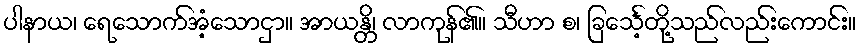
ပါနာယ၊ ရေသောက်အံ့သောငှာ။ အာယန္တိ၊ လာကုန်၏။ သီဟာ စ၊ ခြင်္သေ့တို့သည်လည်းကောင်း။